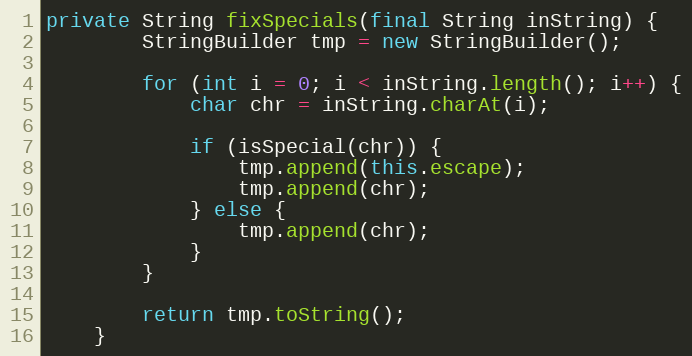
Language: Java
private String fixSpecials(final String inString) {
		StringBuilder tmp = new StringBuilder();

		for (int i = 0; i < inString.length(); i++) {
			char chr = inString.charAt(i);

			if (isSpecial(chr)) {
				tmp.append(this.escape);
				tmp.append(chr);
			} else {
				tmp.append(chr);
			}
		}

		return tmp.toString();
	}